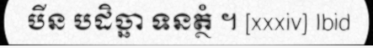
បីន បដិច្ឆា ទនត្ថំ ។ [xxxiv] Ibid